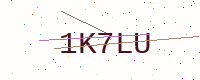
Text: 1K7LU